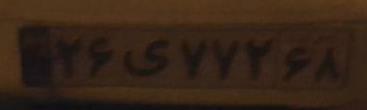
۲۶ی۷۷۲۶۸